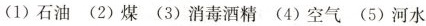
（1）石油（2）煤 （3）消毒酒精 （4）空气 （5）河水